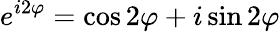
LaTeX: e^{i2\varphi}=\cos 2\varphi+i\sin 2\varphi